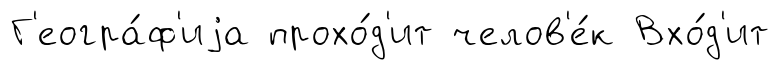
Г'еогра́ф'иjа прохо́д'ит челов'е́к Вхо́д'ит